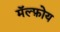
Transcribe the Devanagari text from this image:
मॅल्फ़ोय